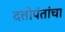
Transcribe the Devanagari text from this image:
दत्तोपंतांचा